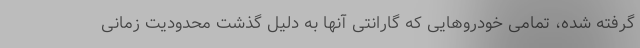
گرفته شده، تمامی خودروهایی که گارانتی آنها به دلیل گذشت محدودیت زمانی